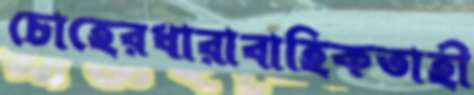
চোহেরধারাবাহিকতাহী